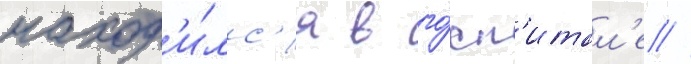
наход'и́лс'я в го́сп'итал'е //